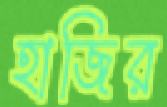
হাজির